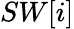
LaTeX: SW[i]